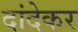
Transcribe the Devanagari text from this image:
दांदेकर